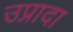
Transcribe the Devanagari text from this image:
उप्रादा